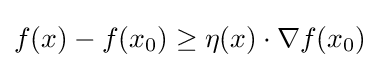
f(x)-f(x_{0})\geq \eta (x)\cdot \nabla {f(x_{0})}